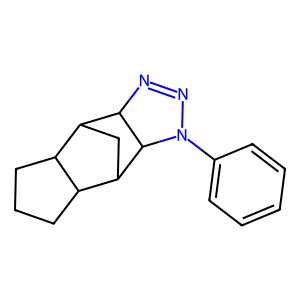
SMILES: c1ccc(N2N=NC3C4CC(C5CCCC54)C32)cc1
Inhibits HIV replication: No